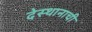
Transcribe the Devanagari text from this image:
देस्थानाची